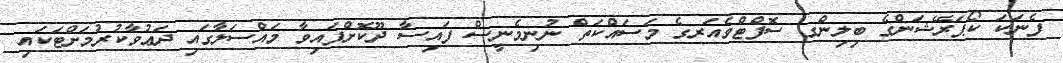
ފެނަކަ ކޯޕަރޭޝަންގެ ބިލިންގ ސޮފްޓްވެއަރގެ މަސައްކަތް ނުނިމެނީސް ފައިސާ ދޫކޮށްފައިވާ މައްސަލާގައި ދަޢުވާކުރުމަށްޓަކައި